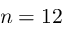
n = 1 2